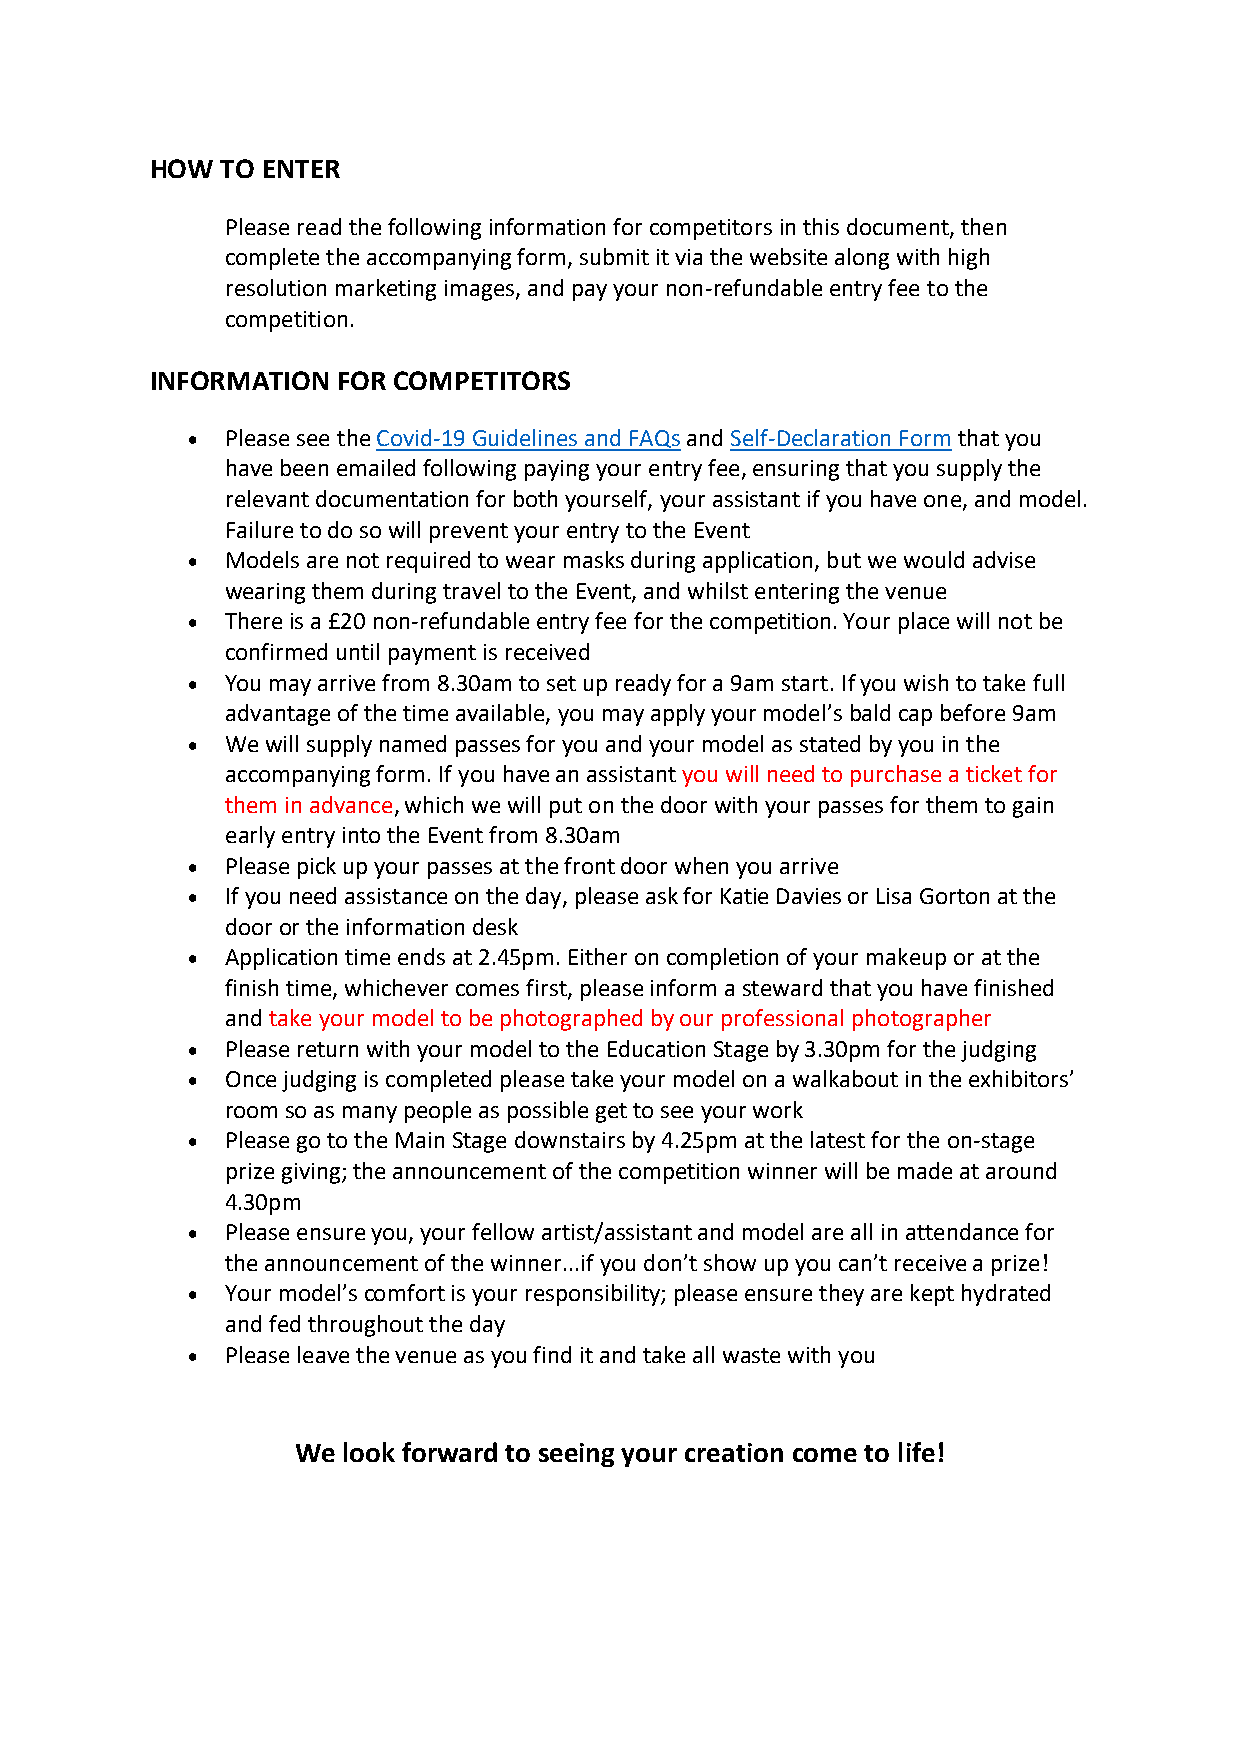
HOW  TO ENTER
 Please read the following information for competitors in this document, then
 complete the accompanying form, submit it via the website along with high
 resolution marketing images, and pay your non-refundable entry fee to the
 competition.
 INFORMATION FOR COMPETITORS
 •  Please see the Covid-19 Guidelines and FAQs and Self-Declaration Form that you
 have been emailed following paying your entry fee, ensuring that you supply the
 relevant documentation for both yourself, your assistant if you have one, and model.
 Failure to do so will prevent your entry to the Event
 •  Models are not required to wear masks during application, but we would advise
 wearing them during travel to the Event, and whilst entering the venue
 •  There is a £20 non-refundable entry fee for the competition. Your place will not be
 confirmed until payment is received
 •  You may arrive from 8.30am to set up ready for a 9am start. If you wish to take full
 advantage of the time available, you may apply your model’s bald cap before 9am
 •  We will supply named passes for you and your model as stated by you in the
 accompanying form. If you have an assistant you will need to purchase a ticket for
 them in advance, which we will put on the door with your passes for them to gain
 early entry into the Event from 8.30am
 •  Please pick up your passes at the front door when you arrive
 •  If you need assistance on the day, please ask for Katie Davies or Lisa Gorton at the
 door or the information desk
 •  Application time ends at 2.45pm. Either on completion of your makeup or at the
 finish time, whichever comes first, please inform a steward that you have finished
 and take your model to be photographed by our professional photographer
 •  Please return with your model to the Education Stage by 3.30pm for the judging
 •  Once judging is completed please take your model on a walkabout in the exhibitors’
 room so as many people as possible get to see your work
 •  Please go to the Main Stage downstairs by 4.25pm at the latest for the on-stage
 prize giving; the announcement of the competition winner will be made at around
 4.30pm
 •  Please ensure you, your fellow artist/assistant and model are all in attendance for
 the announcement of the winner...if you don’t show up you can’t receive a prize!
 •  Your model’s comfort is your responsibility; please ensure they are kept hydrated
 and fed throughout the day
 •  Please leave the venue as you find it and take all waste with you
 We look forward to seeing your creation come to life!